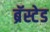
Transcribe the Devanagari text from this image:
ब्रॅस्टेड